Annual report on the Civil Veterinary Department, Burma (including the Insein Veterinary School) - 1932-1941
Year: 1932
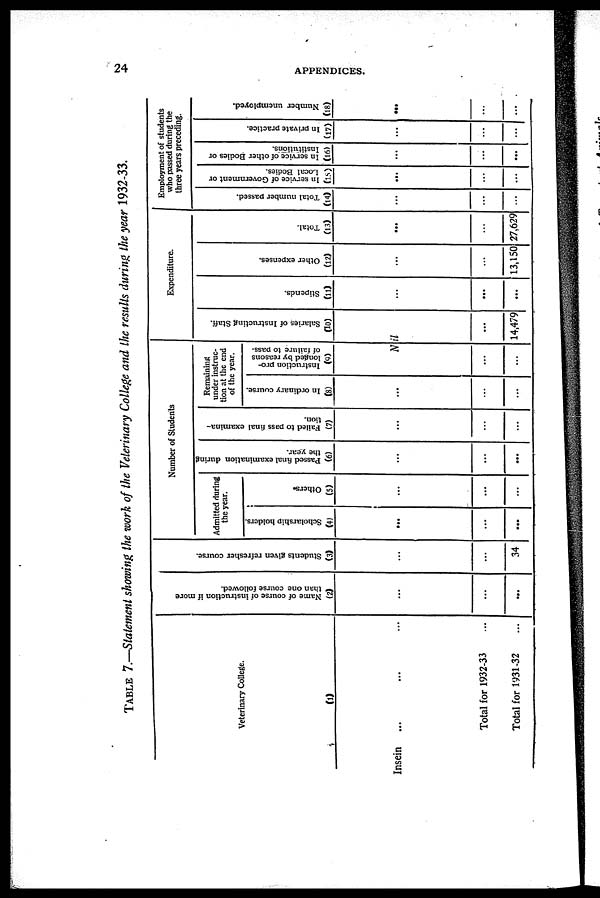
24
APPENDICES.
TABLE 7.—Statement showing the work of the Veterinary College and the results during the year 1932-33.
Veterinary College.
(1)
Insein ... ... ...
Total for 1932-33 ...
Total for 1931-32 ...
Name of course of instruction if more
than one course followed.
(2)
...
...
...
Students given refresher course.
(3)
...
...
34
Number of Students
Admitted during
the year.
Scholarship holders.
(4)
...
...
...
Others.
(5)
...
...
...
Passed final examination during
the year.
(6)
...
...
...
Failed to pass final examina-
tion.
(7)
...
...
...
Remaining
under instruc-
tion at the end
of the year.
In ordinary course.
(8)
...
...
...
Instruction pro-
longed by reasons
of failure to pass.
(9)
Nil
...
...
Expenditure.
Salaries of Instructing Staff.
(10)
...
14,479
Stipends.
(11)
...
...
...
Other expenses.
(12)
...
...
13,150
Total.
(13)
...
...
27,629
Employment of students
who passed during the
three years preceding.
Total number passed.
(14)
...
...
...
In service of Government or
Local Bodies.
(15)
...
...
...
In service of other Bodies or
Institutions.
(16)
...
...
...
In private practice.
(17)
...
...
...
Number unemployed.
(18)
...
...
...